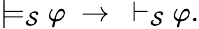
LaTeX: \models_{\mathcal{S}}\varphi\ \to\ \vdash_{\mathcal{S}}\varphi.